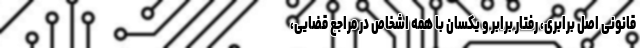
قانونی اصل برابری، رفتار برابر و یکسان با همه اشخاص در مراجع قضایی،